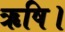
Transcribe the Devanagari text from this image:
ऋषि।